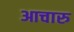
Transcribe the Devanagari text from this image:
आचारु